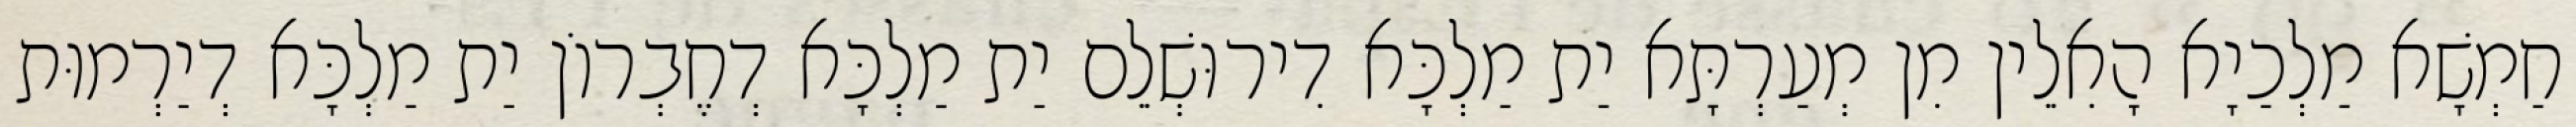
חַמְשָׁא מַלְכַיָא הָאִלֵין מִן מְעַרְתָּא יַת מַלְכָּא דִירוּשְׁלֵם יַת מַלְכָּא דְחֶבְרוֹן יַת מַלְכָּא דְיַרְמוּת